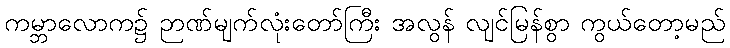
ကမ္ဘာလောက၌ ဉာဏ်မျက်လုံးတော်ကြီး အလွန် လျင်မြန်စွာ ကွယ်တော့မည်